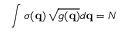
\int \sigma ( \mathbf { q } ) \, \sqrt { g ( \mathbf { q } ) } d \mathbf { q } = N